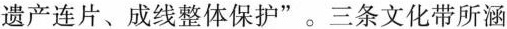
遗产连片、成线整体保护”。三条文化带所涵